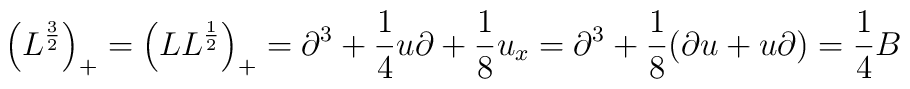
\left(L^{3\over 2}\right)_{+} = \left(LL^{1\over 2}\right)_{+} =\partial^{3} + {1\over 4} u\partial + {1\over 8} u_{x} = \partial^{3}+ {1\over 8} (\partial u + u \partial) = {1\over 4} B